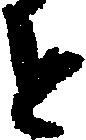
と